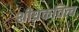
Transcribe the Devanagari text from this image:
शीघ्रकवित्व